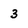
Character: 3